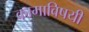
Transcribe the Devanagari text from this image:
कामाविषयी